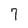
Character: 7